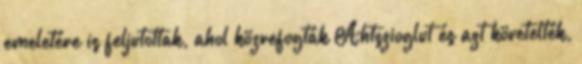
emeletére is feljutottak, ahol közrefogták Ahtszioglut és azt követelték,